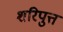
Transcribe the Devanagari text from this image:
शरिपुत्त